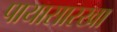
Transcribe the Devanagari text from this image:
पायासारखा